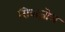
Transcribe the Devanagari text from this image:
सिबाज़ोल